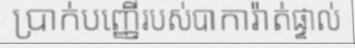
ប្រាក់បញ្ញើរបស់បាការ៉ាត់ផ្ទាល់